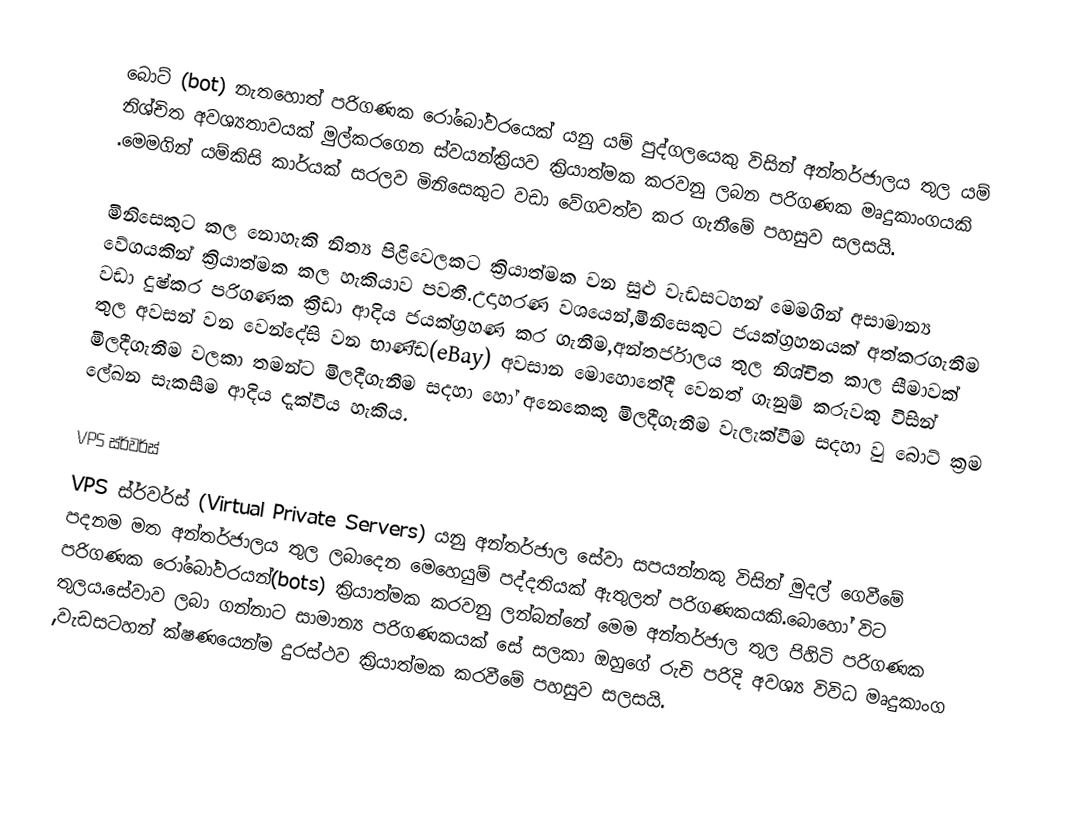
බොට් (bot) නැතහොත් පරිගණක රෝබෝවරයෙක්  යනු යම් පුද්ගලයෙකු විසින්  අන්තර්ජාලය තුල යම් නිශ්චිත අවශ්‍යතාවයක් මුල්කරගෙන  ස්වයන්ක්‍රියව ක්‍රියාත්මක කරවනු ලබන  පරිගණක මෘදුකාංගයකි .මෙමගින් යම්කිසි කාර්යක් සරලව මිනිසෙකුට වඩා  වේගවත්ව කර ගැනීමේ පහසුව සලසයි.

මිනිසෙකුට කල නොහැකි නිත්‍ය පිළිවෙලකට ක්‍රියාත්මක වන සුළු වැඩසටහන් මෙමගින් අසාමාන්‍ය වේගයකින් ක්‍රියාත්මක කල හැකියාව පවතී.උදාහරණ වශයෙන්,මිනිසෙකුට  ජයක්ග්‍රහනයක් අත්කරගැනීම වඩා දුෂ්කර පරිගණක ක්‍රීඩා ආදිය ජයක්ග්‍රහණ කර ගැනීම,අන්තර්ජාලය තුල  නිශ්චිත කාල සීමාවක් තුල  අවසන් වන වෙන්දේසි වන භාණ්ඩ(eBay) අවසාන මොහොතේදී වෙනත් ගැනුම් කරුවකු විසින් මිලදීගැනීම වලකා තමන්ට මිලදීගැනීම සදහා හෝ අනෙකෙකු මිලදීගැනීම වැලැක්වීම සදහා  වු බොට් ක්‍රම ලේඛන සැකසීම ආදිය දැක්විය හැකිය.

VPS ස්ර්වර්ස්
VPS ස්ර්වර්ස් (Virtual Private Servers) යනු අන්තර්ජාල සේවා සපයන්නකු විසින් මුදල් ගෙවීමේ පදනම මත අන්තර්ජාලය තුල ලබාදෙන මෙහෙයුම් පද්දතියක් ඇතුලත් පරිගණකයකි.බොහෝ විට  පරිගණක රෝබෝවරයන්(bots) ක්‍රියාත්මක කරවනු ලන්බන්නේ මෙම අන්තර්ජාල තුල පිහිටි පරිගණක තුලය.සේවාව ලබා ගන්නාට සාමාන්‍ය පරිගණකයක් සේ සලකා ඔහුගේ රුචි පරිදි අවශ්‍ය  විවිධ මෘදුකාංග ,වැඩසටහන් ක්ෂණයෙන්ම දුරස්ථව  ක්‍රියාත්මක කරවීමේ පහසුව සලසයි.